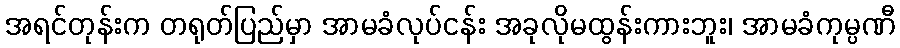
အရင်တုန်းက တရုတ်ပြည်မှာ အာမခံလုပ်ငန်း အခုလိုမထွန်းကားဘူး၊ အာမခံကုမ္ပဏီ